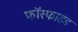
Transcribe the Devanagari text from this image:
फॉस्फाइड